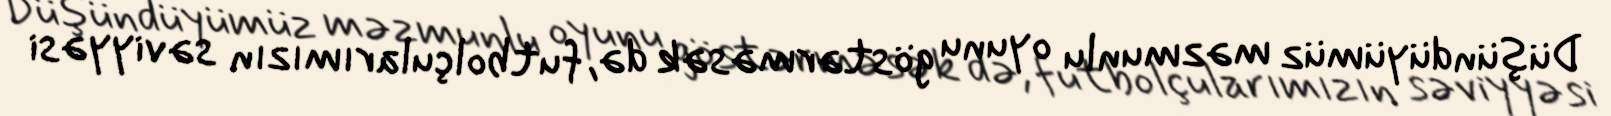
Düşündüyümüz məzmunlu oyunu göstərməsək də, futbolçularımızın səviyyəsi